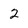
Character: 2